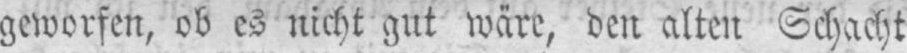
geworfen, ob es nicht gut wäre, den alten Schacht